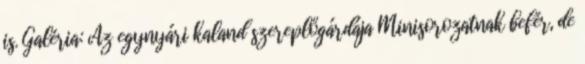
is. Galéria: Az egynyári kaland szereplőgárdája Minisorozatnak befér, de